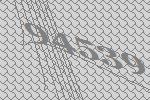
94539